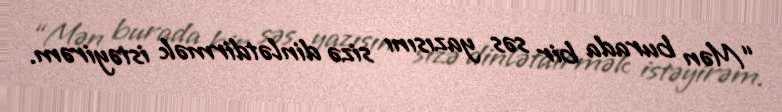
“Mən burada bir səs yazısını sizə dinlətdirmək istəyirəm.